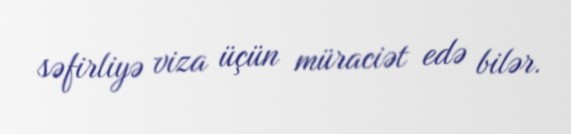
səfirliyə viza üçün müraciət edə bilər.